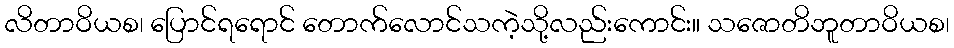
လိတာဝိယစ၊ ပြောင်ရရောင် တောက်လောင်သကဲ့သို့လည်းကောင်း။ သဇောတိဘူတာဝိယစ၊